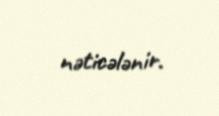
nəticələnir.